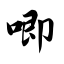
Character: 唧